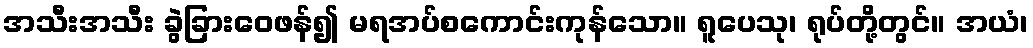
အသီးအသီး ခွဲခြားဝေဖန်၍ မရအပ်စကောင်းကုန်သော။ ရူပေသု၊ ရုပ်တို့တွင်။ အယံ၊